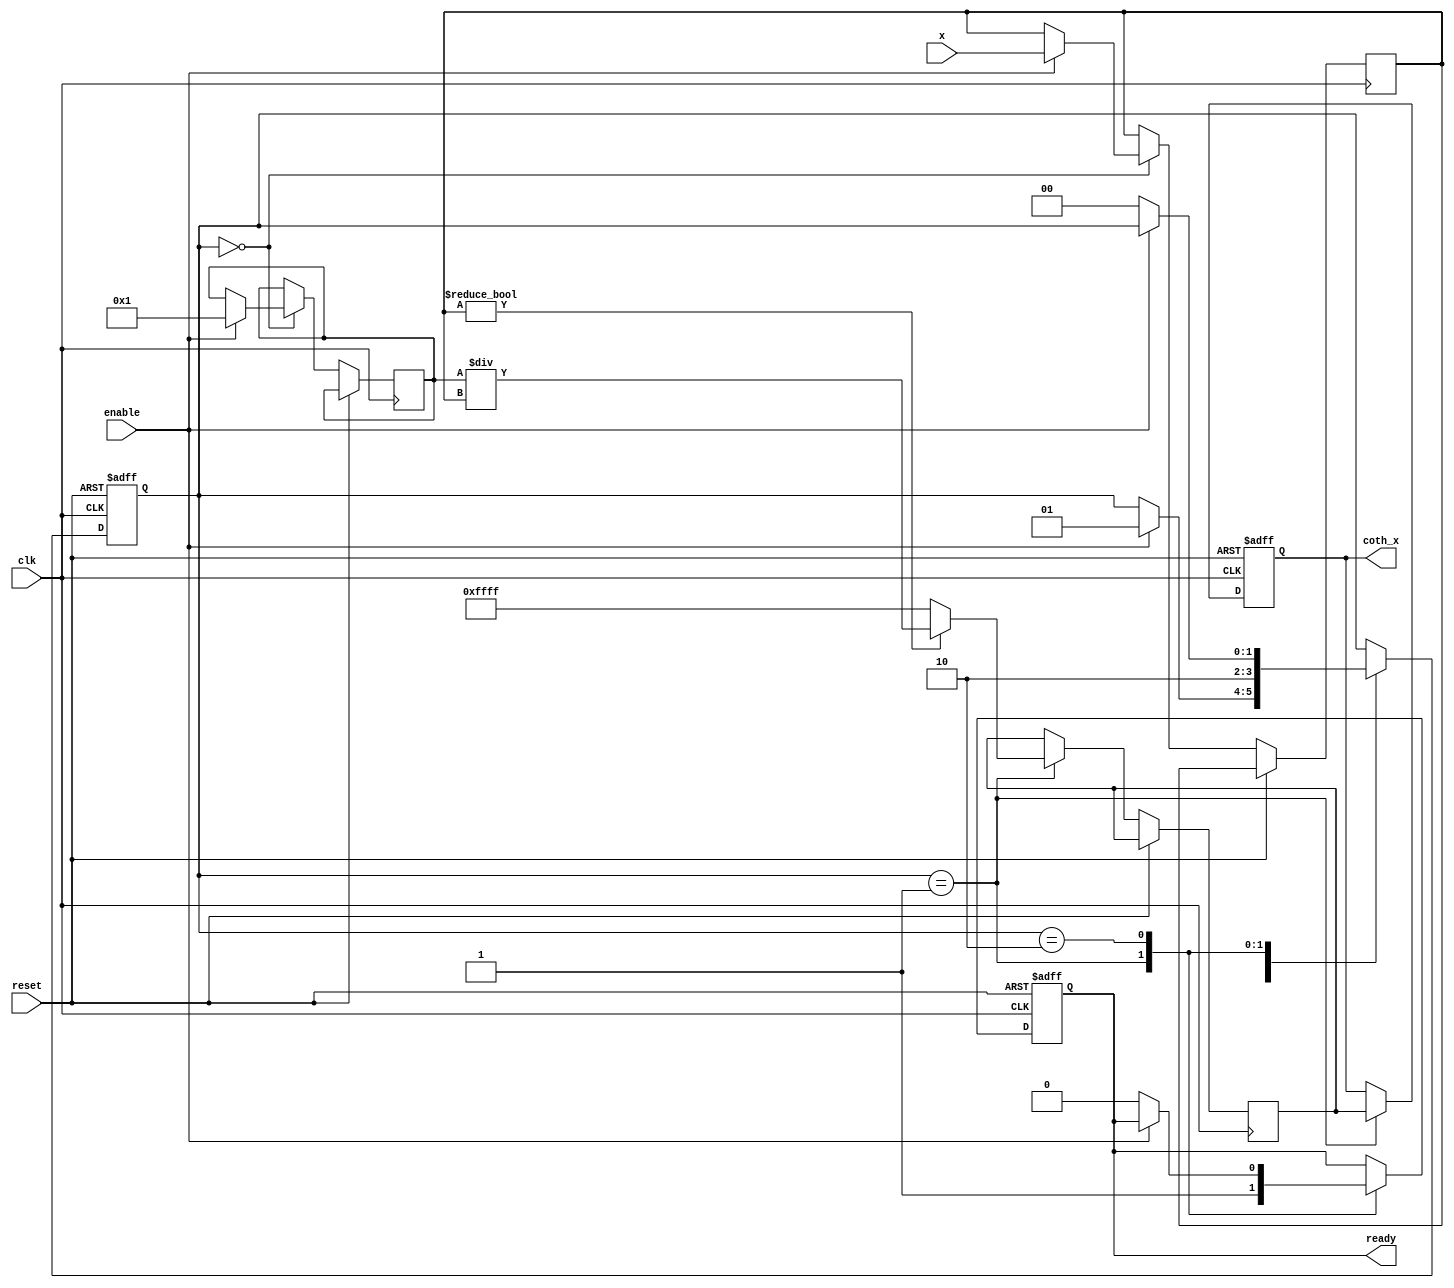
module hyperbolic_cotangent #(
    parameter WIDTH = 16, // Bit width for fixed-point representation
    parameter FRAC = 8 // Fractional bits
)(
    input               clk,
    input               reset,
    input               enable,
    input  [WIDTH-1:0] x, // Input value
    output reg [WIDTH-1:0] coth_x, // Output coth(x)
    output reg          ready // Indicates output is valid
);

    // Internal signals
    reg [WIDTH-1:0] sinh_x;
    reg [WIDTH-1:0] cosh_x;
    reg [WIDTH-1:0] division_out;
    reg [1:0] state;

    localparam IDLE = 2'b00;
    localparam CALC = 2'b01;
    localparam DONE = 2'b10;

    // Hyperbolic Sine calculation - using Taylor series for demonstration purposes
    function [WIDTH-1:0] sinh;
        input [WIDTH-1:0] x;
        begin
            sinh = x; // Simplified for demonstration, the real Taylor expansion should be used
        end
    endfunction

    // Hyperbolic Cosine calculation - using Taylor series for demonstration purposes
    function [WIDTH-1:0] cosh;
        input [WIDTH-1:0] x;
        begin
            cosh = 16'h0001; // Simplified for demonstration, the real Taylor expansion should be used
        end
    endfunction

    // Division function
    function [WIDTH-1:0] divide;
        input [WIDTH-1:0] num;
        input [WIDTH-1:0] denom;
        begin
            if (denom != 0) // Avoid division by zero
                divide = num / denom;
            else
                divide = {WIDTH{1'b1}}; // Return max value or an error indicator
        end
    endfunction

    // Sequential logic to compute coth(x)
    always @(posedge clk or posedge reset) begin
        if (reset) begin
            state <= IDLE;
            coth_x <= 0;
            ready <= 0;
        end else begin
            case (state)
                IDLE: begin
                    if (enable) begin
                        sinh_x <= sinh(x);
                        cosh_x <= cosh(x);
                        state <= CALC;
                    end
                end
                CALC: begin
                    division_out <= divide(cosh_x, sinh_x);
                    coth_x <= division_out;
                    ready <= 1; // Mark output as valid
                    state <= DONE;
                end
                DONE: begin
                    if (!enable) begin
                        ready <= 0; // Reset ready signal
                        state <= IDLE; // Go back to idle
                    end
                end
            endcase
        end
    end

endmodule